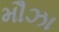
મૌઝા